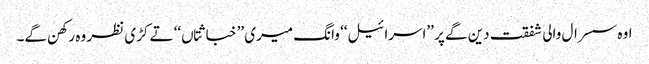
اوہ سسرال والی شفقت دین گے پر ’’اسرائیل‘‘ وانگ میری ’’خباثتاں‘‘ تے کڑی نظر وہ رکھن گے۔